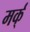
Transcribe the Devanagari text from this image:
मर्क्